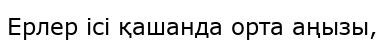
Ерлер ісі қашанда орта аңызы,